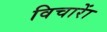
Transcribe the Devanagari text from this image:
विचाराें